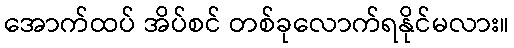
အောက်ထပ် အိပ်စင် တစ်ခုလောက်ရနိုင်မလား။